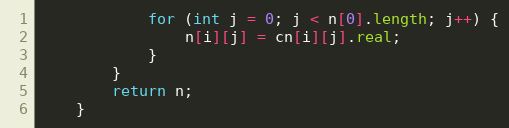
Language: Java
            for (int j = 0; j < n[0].length; j++) {
                n[i][j] = cn[i][j].real;
            }
        }
        return n;
    }